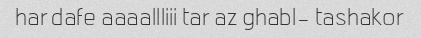
har dafe aaaallliii tar az ghabl- tashakor